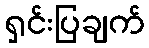
ရှင်းပြချက်